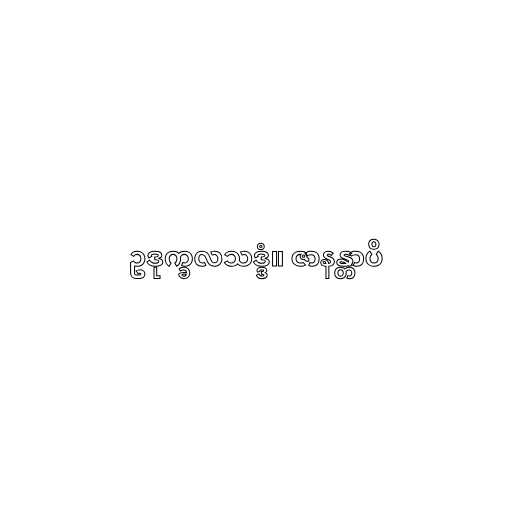
ဥဒုက္ခလသဒ္ဒံ။ ဇာနန္တာပိ